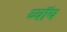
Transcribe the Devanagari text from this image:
ब्‍वॉय